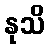
နုသိ